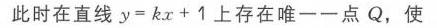
此时在直线\(y = kx + 1\)上存在唯一一点\(Q\)，使